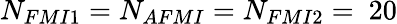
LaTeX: N_{FMI1}=N_{AFMI}=N_{FMI2}=\ 20